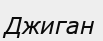
Джиган